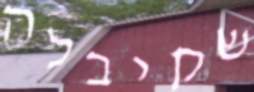
שקיבלה